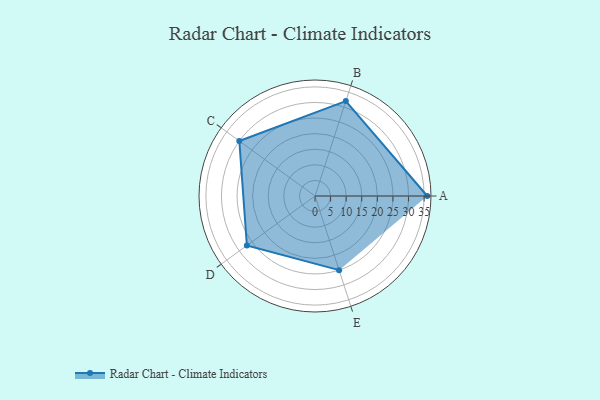
{"axis": {"x": "Skill", "y": "Score"}, "legend": ["Profile"], "data": [{"x": "A", "y": 36.0, "type": "Profile"}, {"x": "B", "y": 32.0, "type": "Profile"}, {"x": "C", "y": 30.0, "type": "Profile"}, {"x": "D", "y": 27.0, "type": "Profile"}, {"x": "E", "y": 25.0, "type": "Profile"}]}